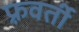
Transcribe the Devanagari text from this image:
फ़्रवर्ती